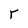
Character: r